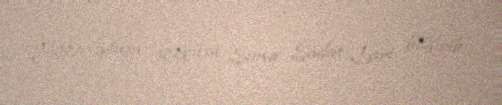
Nazirliyinin sözçüsü Sima Sadat Lari bildirib.